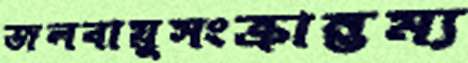
জলবায়ুসংক্রান্তম্য